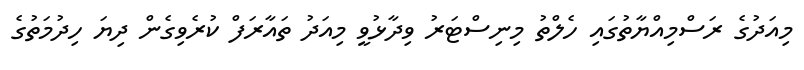
މިއަދުގެ ރަސްމިއްޔާތުގައި ހެލްތު މިނިސްޓަރު ވިދާޅުވީ މިއަދު ތައާރަފް ކުރެވިގެން ދިޔަ ހިދުމަތުގެ